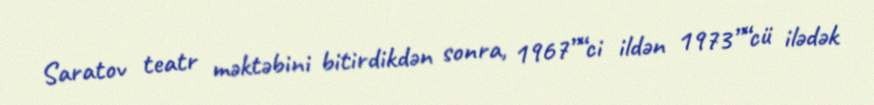
Saratov teatr məktəbini bitirdikdən sonra, 1967”“ci ildən 1973”“cü ilədək